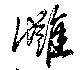
讎